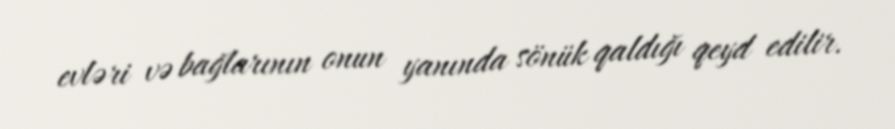
evləri və bağlarının onun yanında sönük qaldığı qeyd edilir.